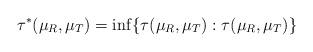
LaTeX: \begin{align*}\tau^{\ast}(\mu_{R},\mu_{T})=\inf\{\tau(\mu_{R},\mu_{T}): \tau(\mu_{R},\mu_{T})\}\end{align*}